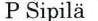
P Sipilä